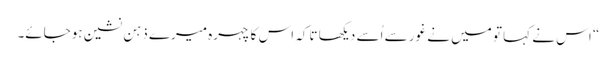
“ اس نے کہا تو میں نے غور سے اُسے دیکھا تاکہ اس کا چہرہ میرے ذہن نشین ہوجائے۔